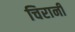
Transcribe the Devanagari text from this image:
चिरानी